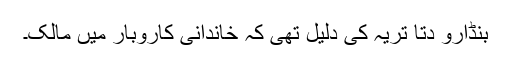
بنڈارو دتا تریہ کی دلیل تھی کہ خاندانی کاروبار میں مالک۔